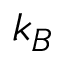
k _ { B }